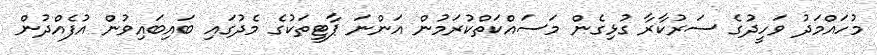
މުހައްމަދު ވަހީދުގެ ސަރުކާރާ ގުޅިގެން މަސައްކަތްކުރަމުން އަންނަ ޕާޓީތަކުގެ މެދުގައި ބައިބައިވުން އުފެއްދުން